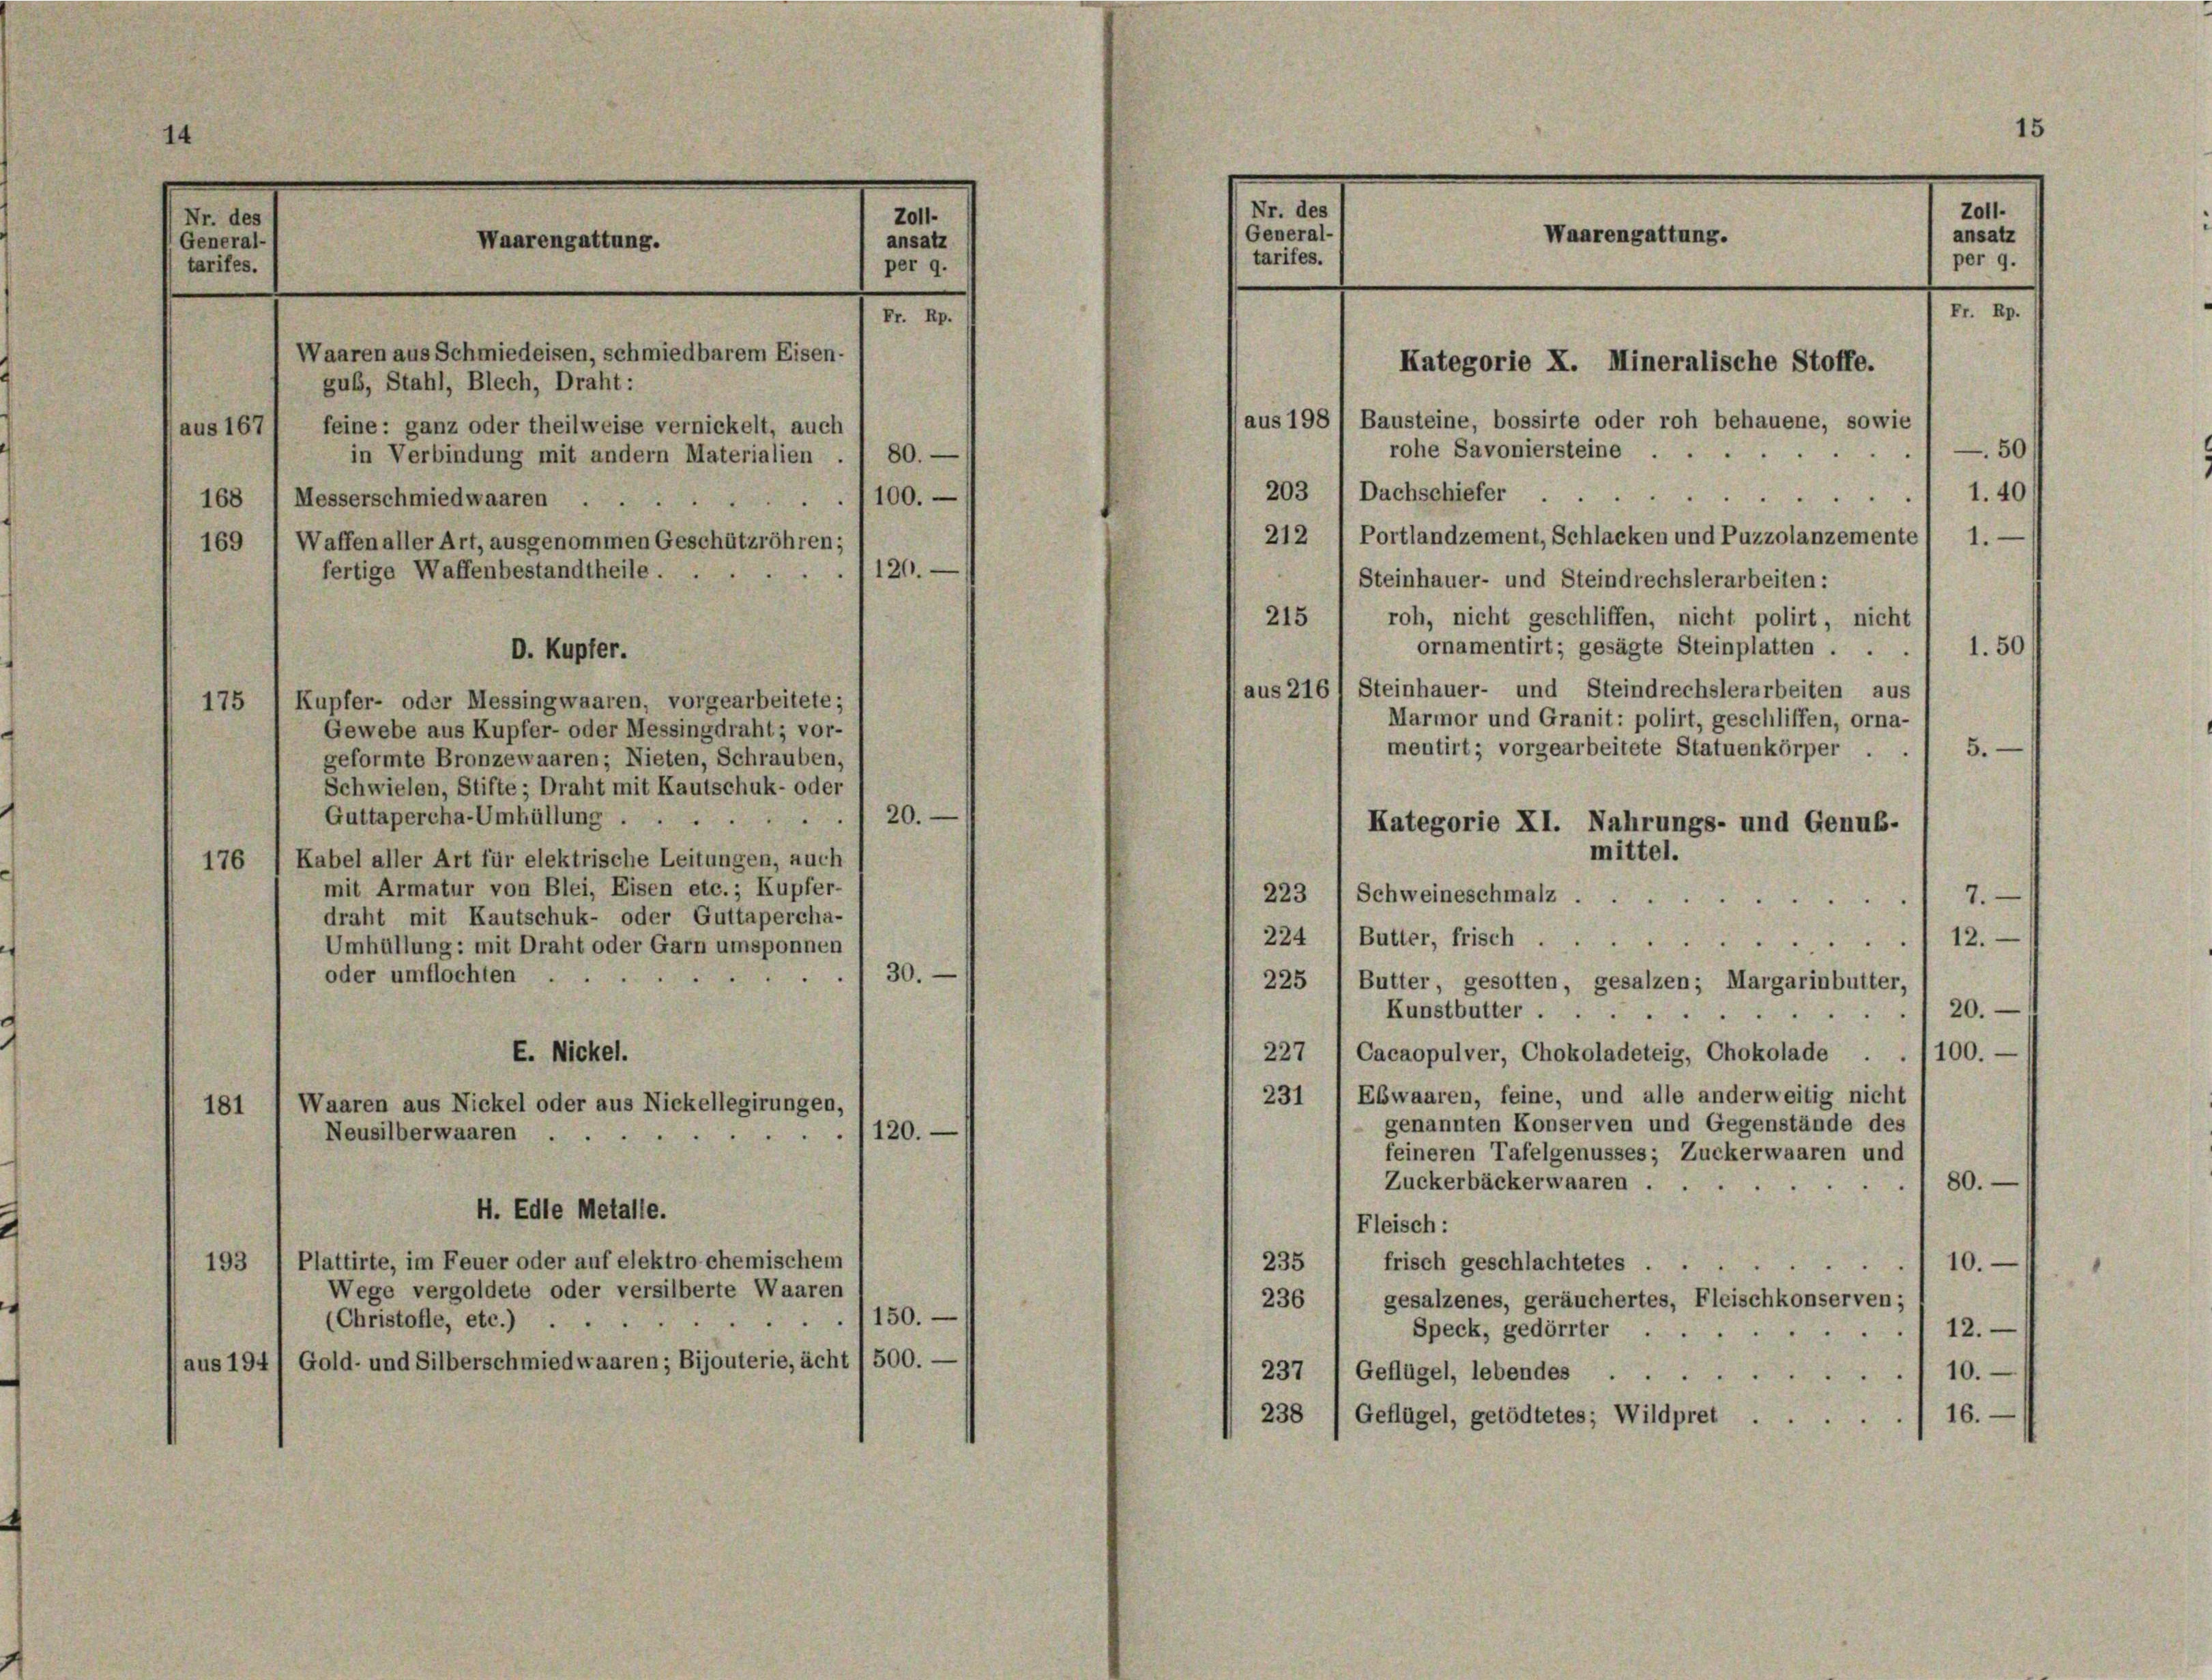
Nr. des
General-
tarifes.

Waarengattung.
Waaren aus Schmiedeisen, schmiedbarem Eisen-
gub, Stahl, Blech, Draht:
feine: ganz oder theilweise vernickelt, auch
aus 167
in Verbindung mit andern Materialien . . 80.
1100.
168 1 Messerschmiedwaaren . .
169 " Waffen aller Art, ausgenommen Geschützröhren;
120.
fertige Waffenbestandtheile.
D. Kupfer.
175 1 Kupfer- oder Messingwaaren, vorgearbeitete;

14

roh, nicht geschliffen, nicht polirt, nicht
215
1.50
ornamentirt; gesagte Steinplatten . .
aus 216 1 Steinhauer- und Steindrechslerarbeiten aus
Marmor und Granit: polirt, geschliffen, orna-
Gewebe aus Kupfer- oder Messingdraht; vor-
mentirt; vorgearbeitete Statuenkörper .
5.
geformte Bronzewaaren; Nieten, Schrauben,
Schwielen, Stifte; Draht mit Kautschuk- oder
120.
Guttapercha-Umhüllung .
Kategorie XI. Nahrungs- und Genub-
mittel.
176 (Kabel aller Art für elektrische Leitungen, auch
mit Armatur von Blei, Eisen etc.; Kupfer-
7.
223 1 Schweineschmalz.
draht mit Kautschuk- oder Guttapercha-
224 ( Butter, frisch .
112.
Umhüllung: mit Draht oder Garn umsponnen
1 30.
oder umflochten
225 , Butter, gesotten, gesalzen; Margarinbutter,
/20.
Kunstbutter
d
E. Nickel.
227 / Cacaopulver, Chokoladeteig, Chokolade . ./100.-
Ebwaaren, feine, und alle anderweitig nicht
231
Waaren aus Nickel oder aus Nickellegirungen,
181
genannten Konserven und Gegenstände des
120.
Neusilberwaaren ...
feineren Tafelgenusses; Zuckerwaaren und
Zuckerbäckerwaaren .
180.
H. Edle Metalle.
Fleisch:
Plattirte, im Feuer oder auf elektro chemischem
235
frisch geschlachtetes . .
110.
193
Wege vergoldete oder versilberte Waaren
236 , gesalzenes, geräuchertes, Fleischkonserven;
150.
(Christofle, etc.) ...
12.
Speck, gedörrter
(aus 194) Gold- und Silberschmiedwaaren; Bijouterie, acht / 500. —
10.
237 / Geflügel, lebendes ...
16.
238 1 Geflügel, getödtetes; Wildpret . .

Fr. Rp.

Zoll-
ansatz
per 9.

15
Waarengattung.
Pr. Rp.
Kategorie X. Mineralische Stoffe.
aus 198 / Bausteine, bossirte oder roh behauene, sowie
rohe Savoniersteine
50/
203 ( Dachschiefer
1.40
212 1 Portlandzement, Schlacken und Puzzolanzemente
Steinhauer- und Steindrechslerarbeiten:

Nr. des
General-
tarifes.

Z011.
ansatz
per 9.